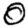
Digit: 0